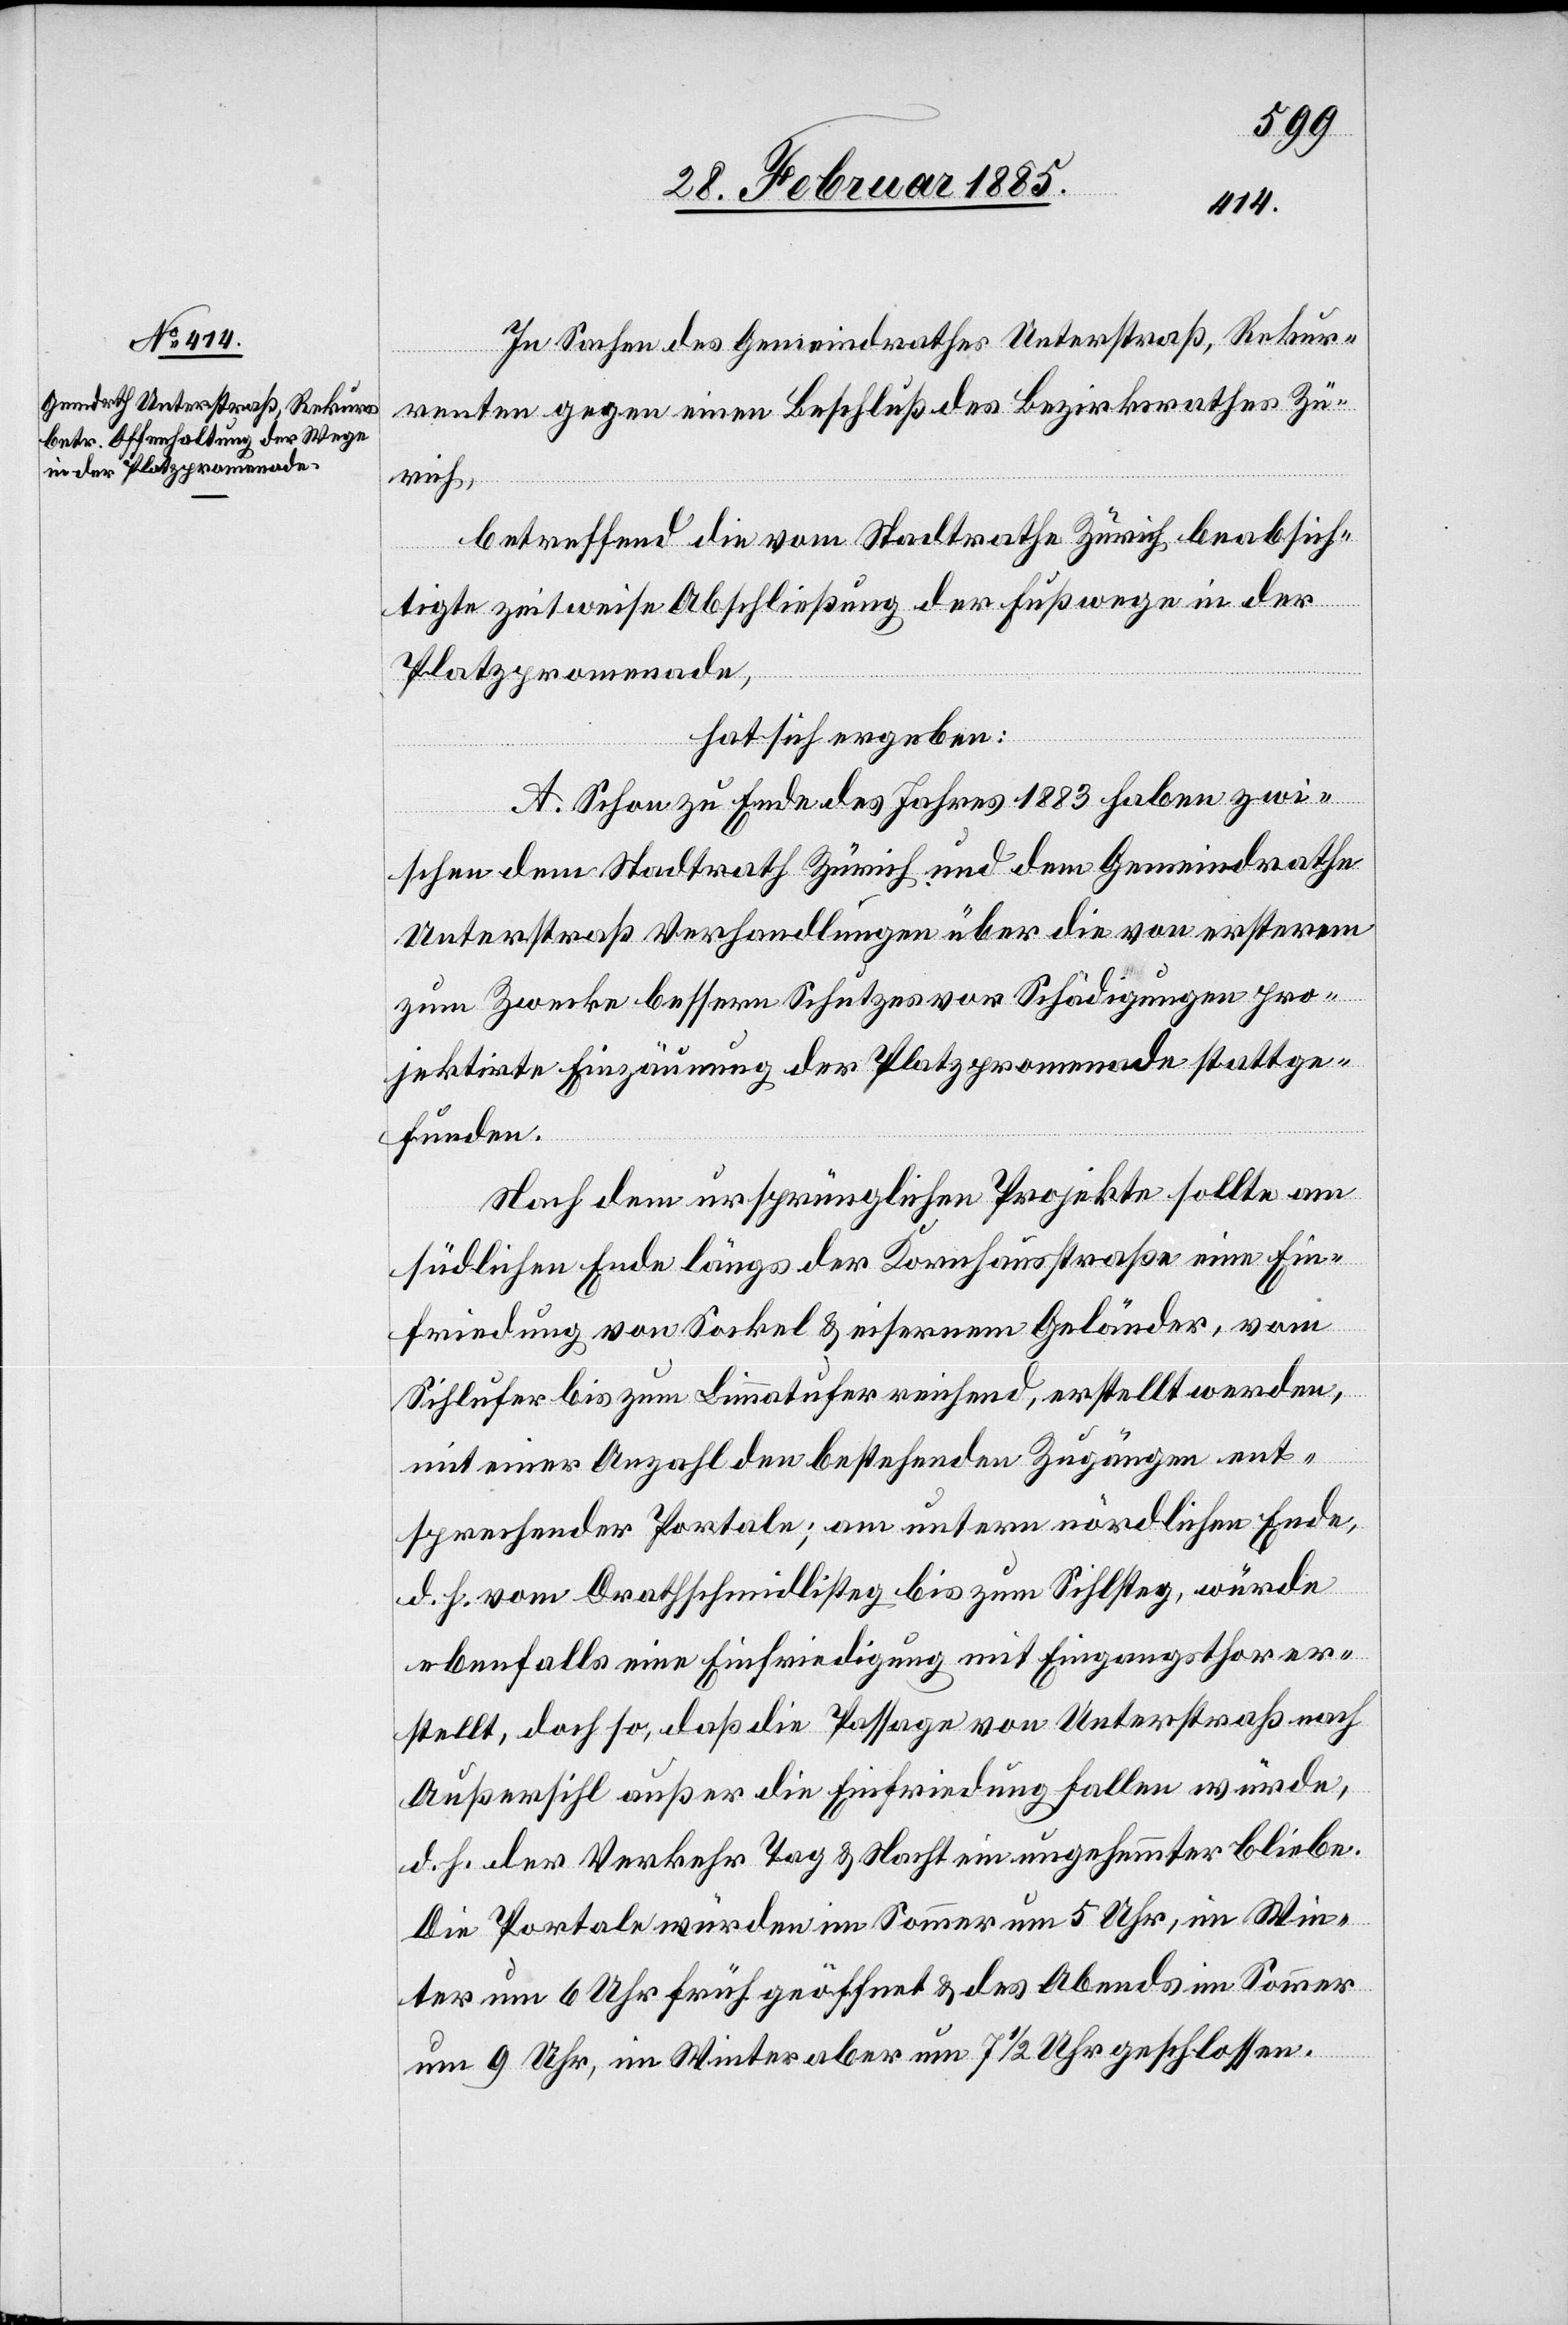
In Sachen des Gemeindrathes Unterstraß, Rekur¬
renten gegen einen Beschluß des Bezirksrathes Zü¬
rich,
betreffend die vom Stadtrathe Zürich beabsich¬
tigte zeitweise Abschließung der Fußwege in der
Platzpromenade,
hat sich ergeben:
A. Schon zu Ende des Jahres 1883 haben zwi¬
schen dem Stadtrath Zürich und dem Gemeindrathe
Unterstraß Verhandlungen über die von ersterem
zum Zwecke bessern Schutzes vor Schädigungen pro¬
jektirte Einzäunung der Platzpromenade stattge¬
funden.
Nach dem ursprünglichen Projekte sollte am
südlichen Ende längs der Kornhausstraße eine Ein¬
friedung von Sockel & eisernem Geländer, vom
Sihlufer bis zum Limmatufer reichend, erstellt werden,
mit einer Anzahl den bestehenden Zugängen ent¬
sprechender Portale; am untern nördlichen Ende
d. h. vom Drathschmidlisteg bis zum Sihlsteg, würde
ebenfalls eine Einfriedung mit Eingangsthoren er¬
stellt, doch so, daß die Passage von Unterstraß nach
Außersihl außer die Einfriedung fallen würde,
d. h. der Verkehr Tag & Nacht ein ungehemmter bliebe.
Die Portale würden im Sommer um 5 Uhr, im Win¬
ter um 6 Uhr früh geöffnet & des Abends im Sommer
um 9 Uhr, im Winter aber um 7 1/2 Uhr geschlossen.